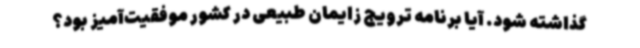
گذاشته شود. آیا برنامه ترویج زایمان طبیعی در کشور موفقیت‌آمیز بود؟